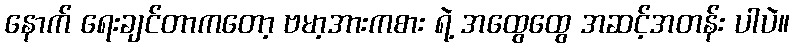
နောက် ရေးချင်တာကတော့ ဗမာ့အားကစား ရဲ့ အထွေထွေ အဆင့်အတန်း ပါပဲ။